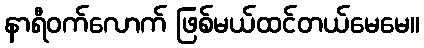
နာရီဝက်လောက် ဖြစ်မယ်ထင်တယ်မေမေ။